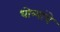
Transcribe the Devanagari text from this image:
धोत्र्यांचे